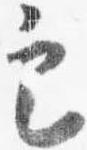
定